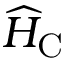
\widehat { H } _ { \mathrm { C } }